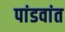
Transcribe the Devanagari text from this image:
पांडवांत